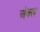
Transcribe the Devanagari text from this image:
अॅक्स